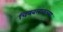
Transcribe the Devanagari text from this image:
चित्रबलाकच्या